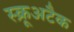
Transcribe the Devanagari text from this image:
स्क्रूअटैक